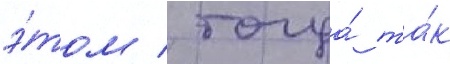
э́том / тогда́ та́к